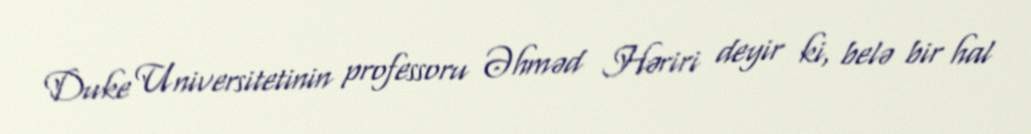
Duke Universitetinin professoru Əhməd Həriri deyir ki, belə bir hal